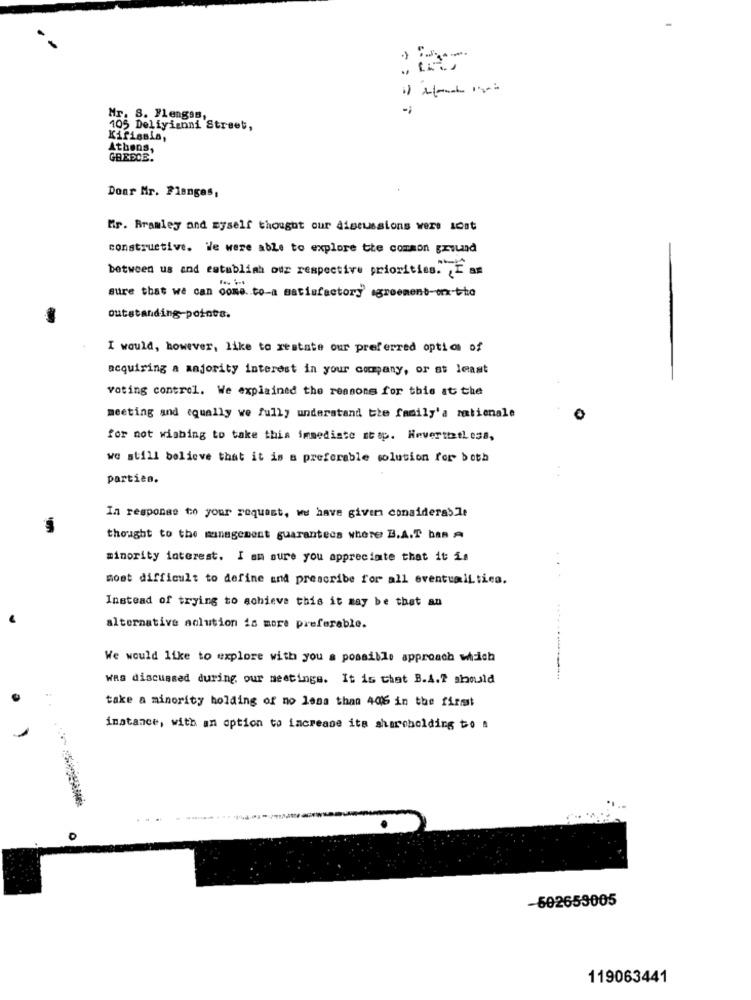
Mr. 8. Flengas,
105 Deliyianni Street,
Kirisala,
Athens,
GREECE.
Donr Mr. Plangas,
Mr. Bramley and myself thought our discussions were icat
constructive. We were able to explore the common ground
between us and establish our respective priorities. ¿ E am
sure that we can come to-a satisfactory agreement-onx-the
outstanding-points.
I would, however, like to xestate our preferred optic of
acquiring a majority interest in your company, or at least
voting control. We explained the reasons for this at the
meeting and equally we fully understand the family's rationale
for not wishing to take this immediate stop. HeverttetLess,
we still believe that it is a preferable solution for both
parties.
In response to your request, we have given considerable
thought to the management guarantees where B.A.T bas A
minority interest. I am sure you appreciate that it is
most difficult to define and prescribe for all eventuali tica.
Instead of trying to achieve this it may be that an
alternative solution is more preferable.
We would like to explore with you a possible approach which
was discussed during our meetings. It is that B.A.2 should
take a minority holding of no less than 406 in the first
instance, with an option to increase its shareholding to &
-502659005
119063441